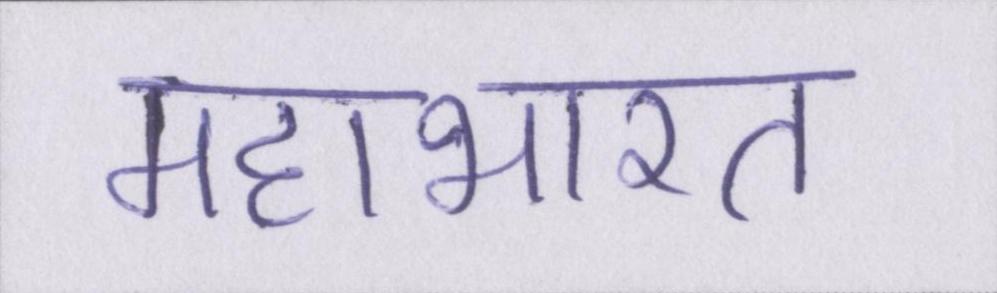
महाभारत